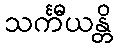
သင်္ကီယန္တိ